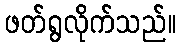
ဖတ်ရွလိုက်သည်။